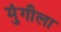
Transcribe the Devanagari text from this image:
मुंगीला